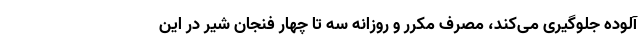
آلوده جلوگیری می‌کند، مصرف مکرر و روزانه سه تا چهار فنجان شیر در این